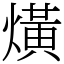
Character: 熿